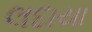
લદાયા